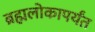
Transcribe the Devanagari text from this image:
ब्रह्मलोकापर्यंत